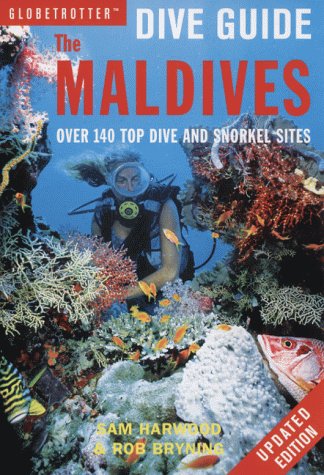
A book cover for The Maldives, The (Globetrotter Dive Guide); Sam Harwood; Travel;